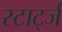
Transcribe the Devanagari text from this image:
स्टार्ट्ज